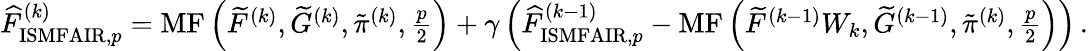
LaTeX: \begin{array}{r}{\widehat{F}_{\mathrm{ISMFAIR},p}^{(k)}=\operatorname{MF}\left(\widetilde{F}^{(k)},\widetilde{G}^{(k)},\tilde{\pi}^{(k)},\frac{p}{2}\right)+\gamma\left(\widehat{F}_{\mathrm{ISMFAIR},p}^{(k-1)}-\operatorname{MF}\left(\widetilde{F}^{(k-1)}W_{k},\widetilde{G}^{(k-1)},\tilde{\pi}^{(k)},\frac{p}{2}\right)\right)\, .}\end{array}